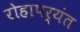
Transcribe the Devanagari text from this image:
रोहापर्यंत